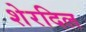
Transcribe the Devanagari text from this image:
शेरदिल